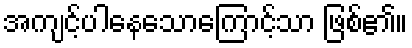
အကျင့်ပါနေသောကြောင့်သာ ဖြစ်၏။